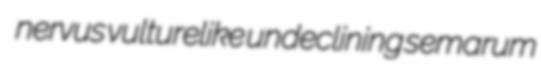
nervus vulturelike undeclining semarum